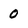
Character: 0